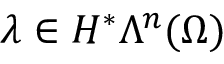
\lambda \in H ^ { \ast } \Lambda ^ { n } ( \Omega )